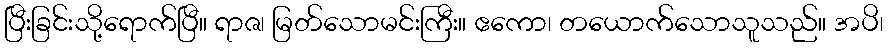
ပြီးခြင်းသို့ရောက်ပြီ။ ရာဇ၊ မြတ်သောမင်းကြီး။ ဧကော၊ တယောက်သောသူသည်။ အပိ၊